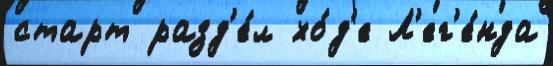
старт разд'е́л хо́д'е Л'ег'е́нда